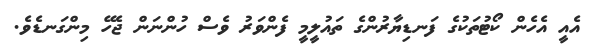
އެއީ އެހެން ކޯޓުތަކުގެ ފަނޑިޔާރުންގެ ތައުލީމީ ފެންވަރު ވެސް ހުންނަން ޖެހޭ މިންގަނޑެވެ.